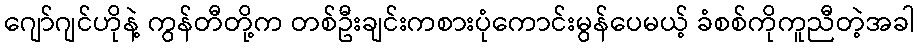
ဂျော်ဂျင်ဟိုနဲ့ ကွန်တီတို့က တစ်ဦးချင်းကစားပုံကောင်းမွန်ပေမယ့် ခံစစ်ကိုကူညီတဲ့အခါ